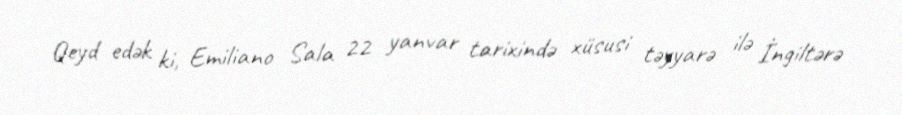
Qeyd edək ki, Emiliano Sala 22 yanvar tarixində xüsusi təyyarə ilə İngiltərə